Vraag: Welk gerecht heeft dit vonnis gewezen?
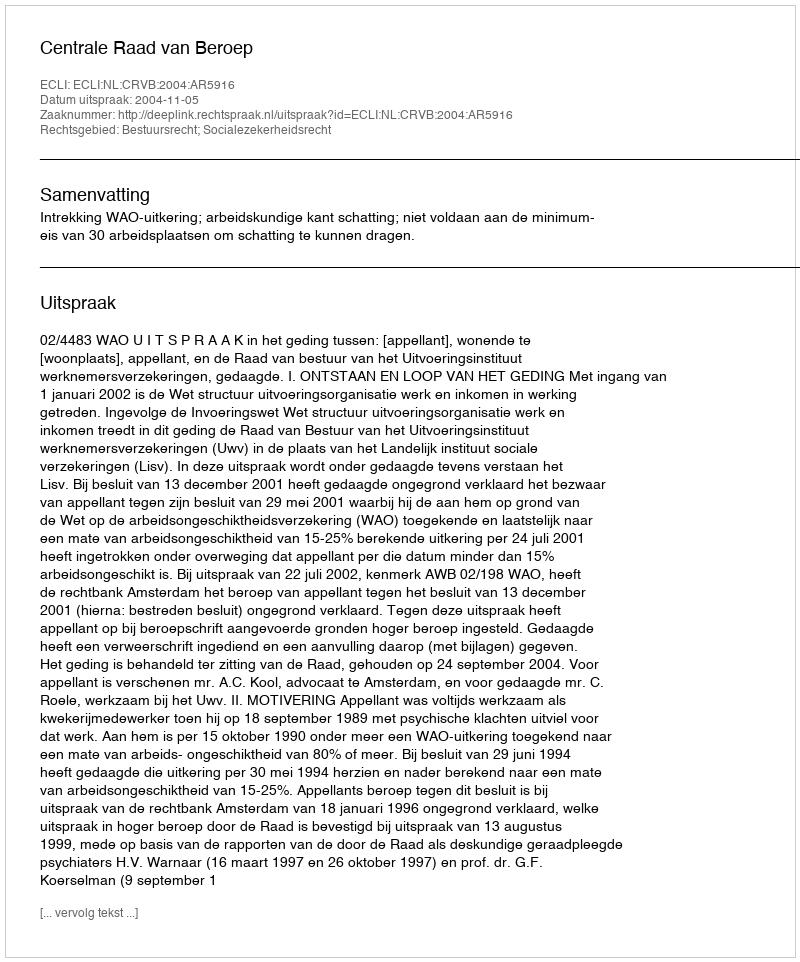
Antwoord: Centrale Raad van Beroep